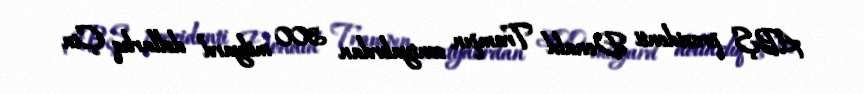
ABŞ prezidenti Donald Trampın sentyabrdan 300 milyard dollarlıq Çin